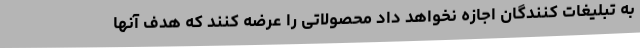
به تبلیغات کنندگان اجازه نخواهد داد محصولاتی را عرضه کنند که هدف آنها